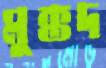
মুক্তদ